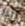
إذا